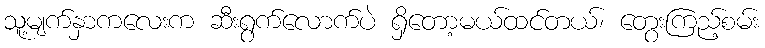
သူ့မျက်နှာကလေးက ဆီးရွက်လောက်ပဲ ရှိတော့မယ်ထင်တယ်၊ တွေးကြည့်စမ်း